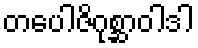
တပေါဇိဂုစ္ဆာဝါဒါ